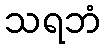
သရဘံ